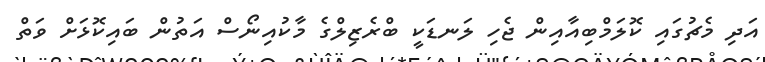
އަދި މެޗުގައި ކޮލަމްބިއާއިން ޖެހި ލަނޑަކީ ބްރެޒިލްގެ މާކުއިނޯސް އަތުން ބައިކޮޅަށް ވަތް